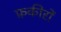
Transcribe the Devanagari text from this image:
फ़कीरों